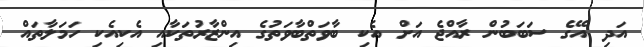
އަދި އޭގެ ސަބަބުން ރާއްޖެ އަށް އެކި ބާވަތްބާވަތުގެ އިންޒާރުތަކާއި އެކިއެކި ހަމަލާތައް